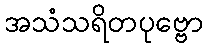
အသံသရိတပုဗ္ဗော